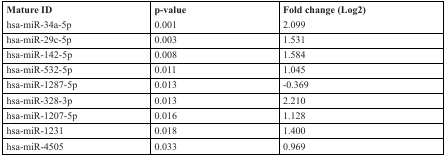
<table><thead><tr><td><b>Mature ID</b></td><td><b>p-value</b></td><td><b>Fold change (Log2)</b></td></tr></thead><tbody><tr><td>hsa-miR-34a-5p</td><td>0.001</td><td>2.099</td></tr><tr><td>hsa-miR-29c-5p</td><td>0.003</td><td>1.531</td></tr><tr><td>hsa-miR-142-5p</td><td>0.008</td><td>1.584</td></tr><tr><td>hsa-miR-532-5p</td><td>0.011</td><td>1.045</td></tr><tr><td>hsa-miR-1287-5p</td><td>0.013</td><td>−0.369</td></tr><tr><td>hsa-miR-328-3p</td><td>0.013</td><td>2.210</td></tr><tr><td>hsa-miR-1207-5p</td><td>0.016</td><td>1.128</td></tr><tr><td>hsa-miR-1231</td><td>0.018</td><td>1.400</td></tr><tr><td>hsa-miR-4505</td><td>0.033</td><td>0.969</td></tr></tbody></table>